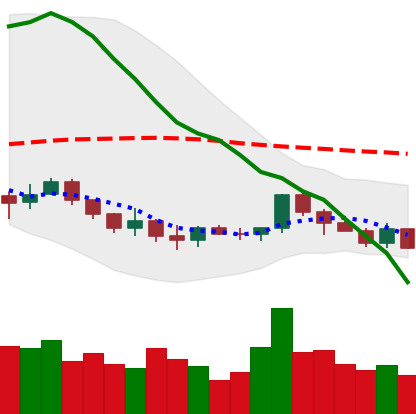
Ticker: LINK-USD
Chart end date: 2019-12-16
Forward return: -5.445%
Label: down_5_7